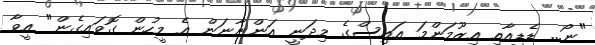
"ނޯ... ޑެޑީއާއި އިޒޫމަންމަ އައިސްގެ މިދަނީ އަންނާނަން އެ މީހުން ގޮވައިގެން" އީވާ